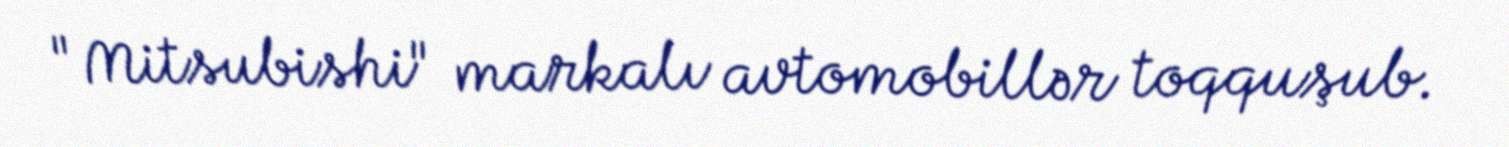
"Mitsubishi" markalı avtomobillər toqquşub.